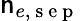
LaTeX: \mathsf{n}_{e,\mathrm{{~s~e~p~}}}